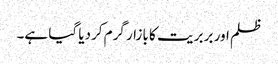
ظلم اور بربر یت کا بازار گرم کردیا گیا ہے۔